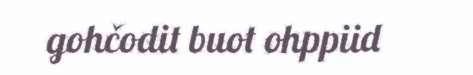
gohčodit buot ohppiid